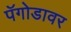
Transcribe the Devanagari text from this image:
पॅगोडावर